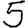
Digit: 5